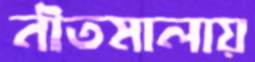
নীতমালায়